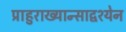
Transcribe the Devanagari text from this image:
प्राहुराख्यान्साद्वश्येन